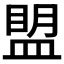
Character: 𰤾